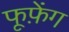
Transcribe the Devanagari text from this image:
फूफ़ेंग